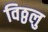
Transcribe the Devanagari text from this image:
विठ्ठलु